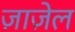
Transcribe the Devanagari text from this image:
ज़ाज़ेल